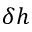
\delta h